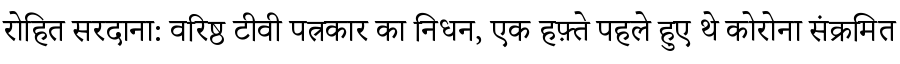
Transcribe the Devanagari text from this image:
रोहित सरदाना: वरिष्ठ टीवी पत्रकार का निधन, एक हफ़्ते पहले हुए थे कोरोना संक्रमित